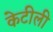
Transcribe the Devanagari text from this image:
केटीली